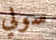
سولي